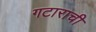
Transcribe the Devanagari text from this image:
गटाराची